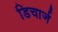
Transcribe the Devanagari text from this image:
डिचार्ज